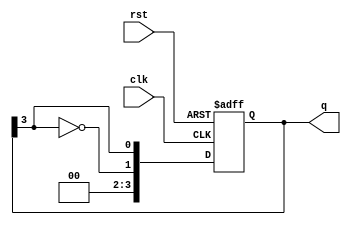
module johnson_counter #(
    parameter N = 4  // Configurable number of flip-flops (must be even)
)(
    input wire clk,   // Clock input
    input wire rst,   // Reset input
    output reg [N-1:0] q  // Output state of the counter
);

    // Always block for synchronous reset and state transition
    always @(posedge clk or posedge rst) begin
        if (rst) begin
            // Reset the counter to all zeros
            q <= {N{1'b0}};
        end else begin
            // Johnson counter state transition
            q <= {~q[N-1], q[N-1:N-1]}; // Shift right and feed back inverted last bit
        end
    end

endmodule